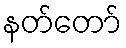
နတ်တော်